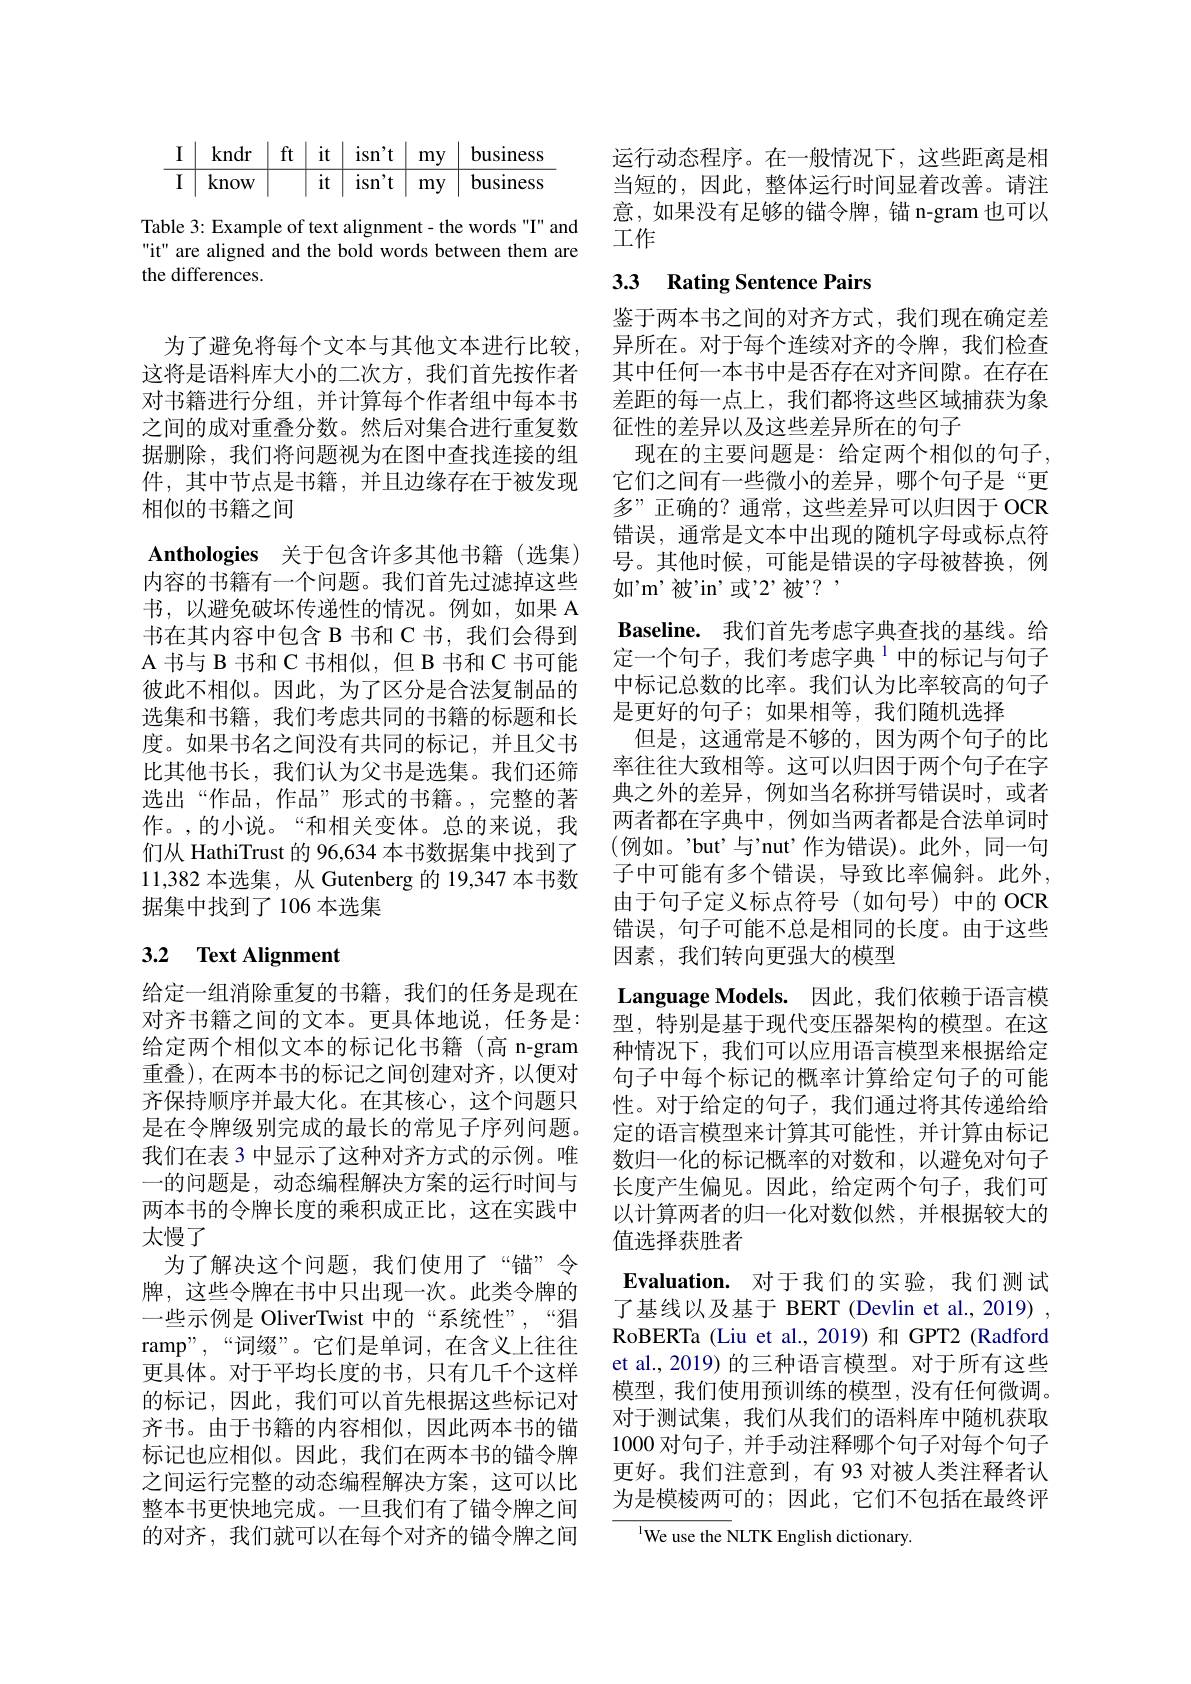
$$\begin{array}{c|c|c|c|c|c|c}\text{I}&\text{kndr}&\text{ft}&\text{it}&\text{isn't}&\text{my}&\text{business}\\\hline\text{I}&\text{know}&&\text{it}&\text{isn't}&\text{my}&\text{business}\end{array}$$
Table 3: Example of text alignment- the words "I" and "it" are aligned and the bold words between them are the differences.

为了避免将每个文本与其他文本进行比较， 这将是语料库大小的二次方，我们首先按作者对书籍进行分组，并计算每个作者组中每本书之间的成对重叠分数。然后对集合进行重复数据删除，我们将问题视为在图中查找连接的组件，其中节点是书籍，并且边缘存在于被发现相似的书籍之间
Anthologies 关于包含许多其他书籍(选集) 内容的书籍有一个问题。我们首先过滤掉这些书，以避免破坏传递性的情况。例如，如果 A 书在其内容中包含 B 书和 C 书，我们会得到A 书与 B 书和 C 书相似，但 B 书和 C 书可能彼此不相似。因此，为了区分是合法复制品的选集和书籍，我们考虑共同的书籍的标题和长度。如果书名之间没有共同的标记，并且父书比其他书长，我们认为父书是选集。我们还筛选出“作品”形式的书籍。,完整的著作。,的小说。“和相关变体。总的来说，我们从 HathiTrust 的 96,634 本书数据集中找到了11,382 本选集，从 Gutenberg 的 19,347 本书数据集中找到了 106 本选集

# 3.2 Text Alignment

给定一组消除重复的书籍，我们的任务是现在对齐书籍之间的文本。更具体地说，任务是： 给定两个相似文本的标记化书籍(高 n-gram 重叠),在两本书的标记之间创建对齐，以便对齐保持顺序并最大化。在其核心，这个问题只是在令牌级别完成的最长的常见子序列问题。我们在表 3 中显示了这种对齐方式的示例。唯一的问题是，动态编程解决方案的运行时间与两本书的令牌长度的乘积成正比，这在实践中太慢了
为了解决这个问题，我们使用了“锚”令牌，这些令牌在书中只出现一次。此类令牌的一些示例是 OliverTwist 中的“系统性”,“猖ramp",“词缀”。它们是单词，在含义上往往更具体。对于平均长度的书，只有几千个这样的标记，因此，我们可以首先根据这些标记对齐书。由于书籍的内容相似，因此两本书的锚标记也应相似。因此，我们在两本书的锚令牌之间运行完整的动态编程解决方案，这可以比整本书更快地完成。一旦我们有了锚令牌之间的对齐，我们就可以在每个对齐的锚令牌之间

运行动态程序。在一般情况下，这些距离是相当短的，因此，整体运行时间显着改善。请注意，如果没有足够的锚令牌，锚 n-gram 也可以工作

# 3.3 Rating Sentence Pairs

鉴于两本书之间的对齐方式，我们现在确定差异所在。对于每个连续对齐的令牌，我们检查其中任何一本书中是否存在对齐间隙。在存在差距的每一点上，我们都将这些区域捕获为象征性的差异以及这些差异所在的句子
现在的主要问题是：给定两个相似的句子， 它们之间有一些微小的差异，哪个句子是“更多”正确的？通常，这些差异可以归因于OCR 错误，通常是文本中出现的随机字母或标点符号。其他时候，可能是错误的字母被替换，例如'm'被'in'或'2’被'? ,
Baseline. 我们首先考虑字典查找的基线。给定一个句子，我们考虑字典$^{1}$中的标记与句子中标记总数的比率。我们认为比率较高的句子是更好的句子；如果相等，我们随机选择
但是，这通常是不够的，因为两个句子的比率往往大致相等。这可以归因于两个句子在字典之外的差异，例如当名称拼写错误时，或者两者都在字典中，例如当两者都是合法单词时(例如。'but’与'nut’作为错误)。此外，同一句子中可能有多个错误，导致比率偏斜。此外， 由于句子定义标点符号(如句号)中的 OCR 错误，句子可能不总是相同的长度。由于这些因素，我们转向更强大的模型
Language Models. 因此，我们依赖于语言模型，特别是基于现代变压器架构的模型。在这种情况下，我们可以应用语言模型来根据给定句子中每个标记的概率计算给定句子的可能性。对于给定的句子，我们通过将其传递给给定的语言模型来计算其可能性，并计算由标记数归一化的标记概率的对数和，以避免对句子长度产生偏见。因此，给定两个句子，我们可以计算两者的归一化对数似然，并根据较大的值选择获胜者
Evaluation. 对于我们的实验，我们测试了基线以及基于 BERT (Devlin et al., 2019) , RoBERTa (Liu et al.,2019) 和 GPT2 (Radford et al., 2019) 的三种语言模型。对于所有这些模型，我们使用预训练的模型，没有任何微调。对于测试集，我们从我们的语料库中随机获取1000对句子，并手动注释哪个句子对每个句子更好。我们注意到，有 93 对被人类注释者认为是模棱两可的；因此，它们不包括在最终评
${^{1}}$We use the NLTK English dictionary